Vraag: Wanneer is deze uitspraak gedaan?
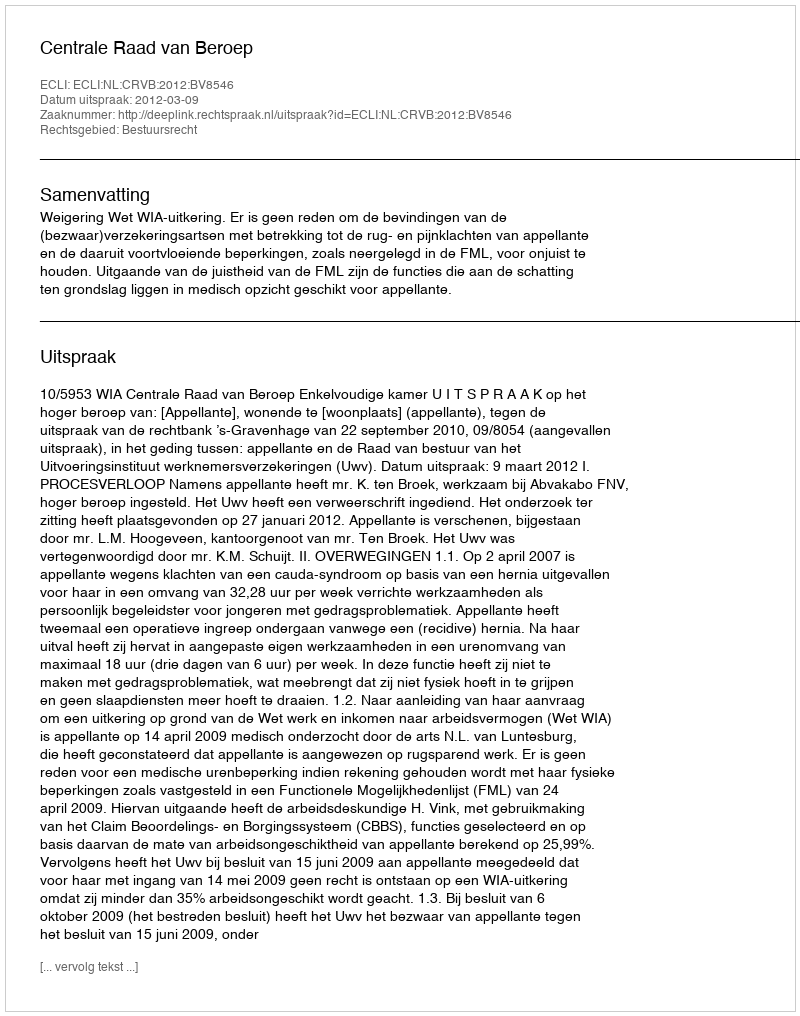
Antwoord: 2012-03-09